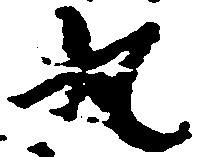
丸